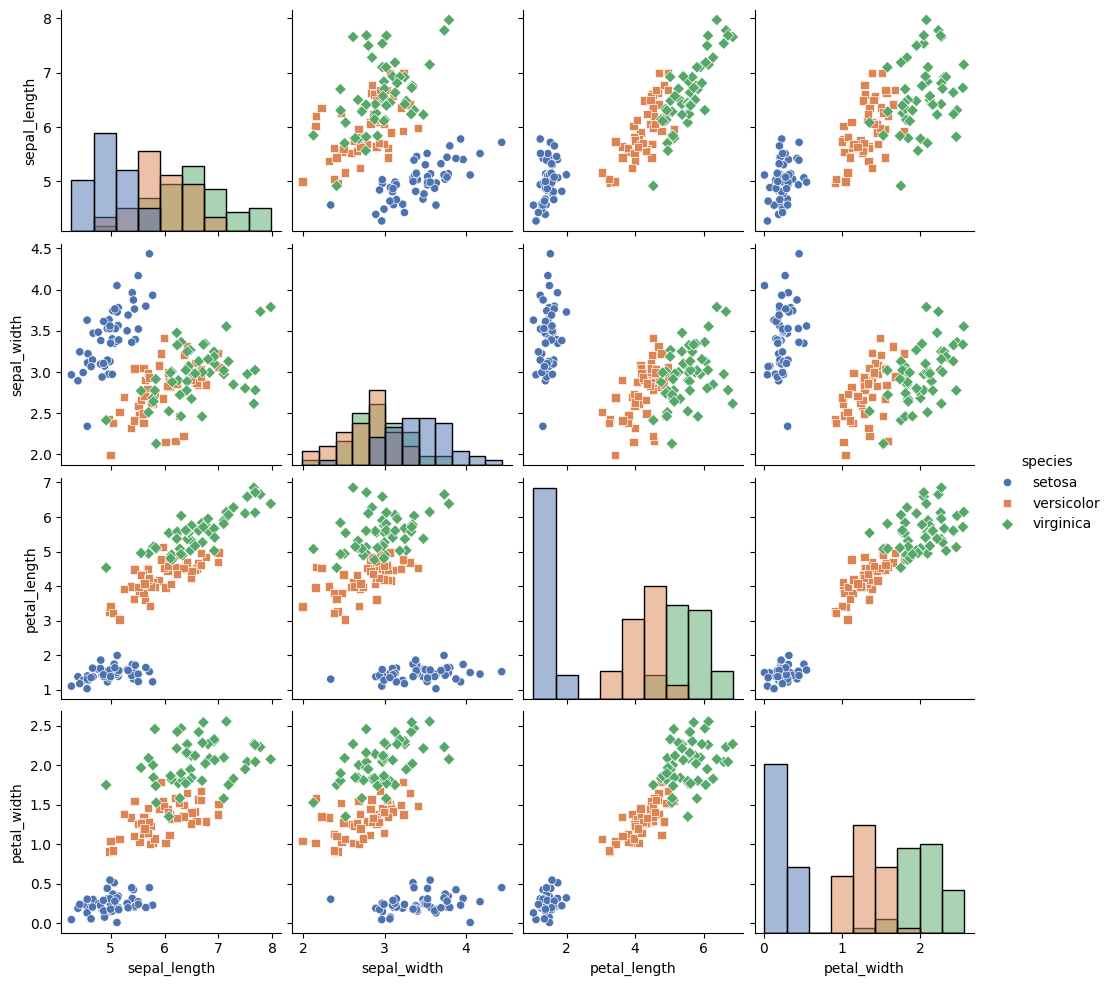
python, seaborn, pairplot, palette='deep', markers=['o', 's', 'D'], kind='scatter', diag_kind='hist'